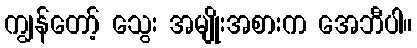
ကျွန်တော့် သွေး အမျိုးအစားက အေဘီပါ။